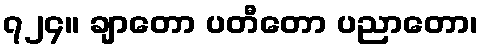
၇၂၄။ ချာတော ပတီတော ပညာတော၊